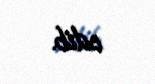
edib.